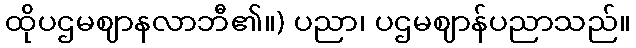
ထိုပဌမဈာနလာဘီ၏။) ပညာ၊ ပဌမဈာန်ပညာသည်။